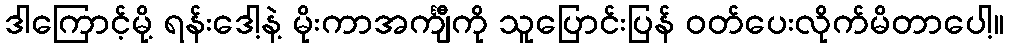
ဒါကြောင့်မို့ ရန်းဒေါ့နဲ့ မိုးကာအင်္ကျီကို သူပြောင်းပြန် ဝတ်ပေးလိုက်မိတာပေါ့။